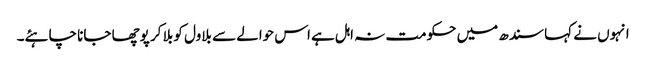
انہوں نے کہا سندھ میں حکومت نہ اہل ہے اس حوالے سے بلاول کو بلا کر پوچھا جانا چاہئے۔